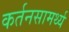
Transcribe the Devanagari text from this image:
कर्तनसामर्थ्य